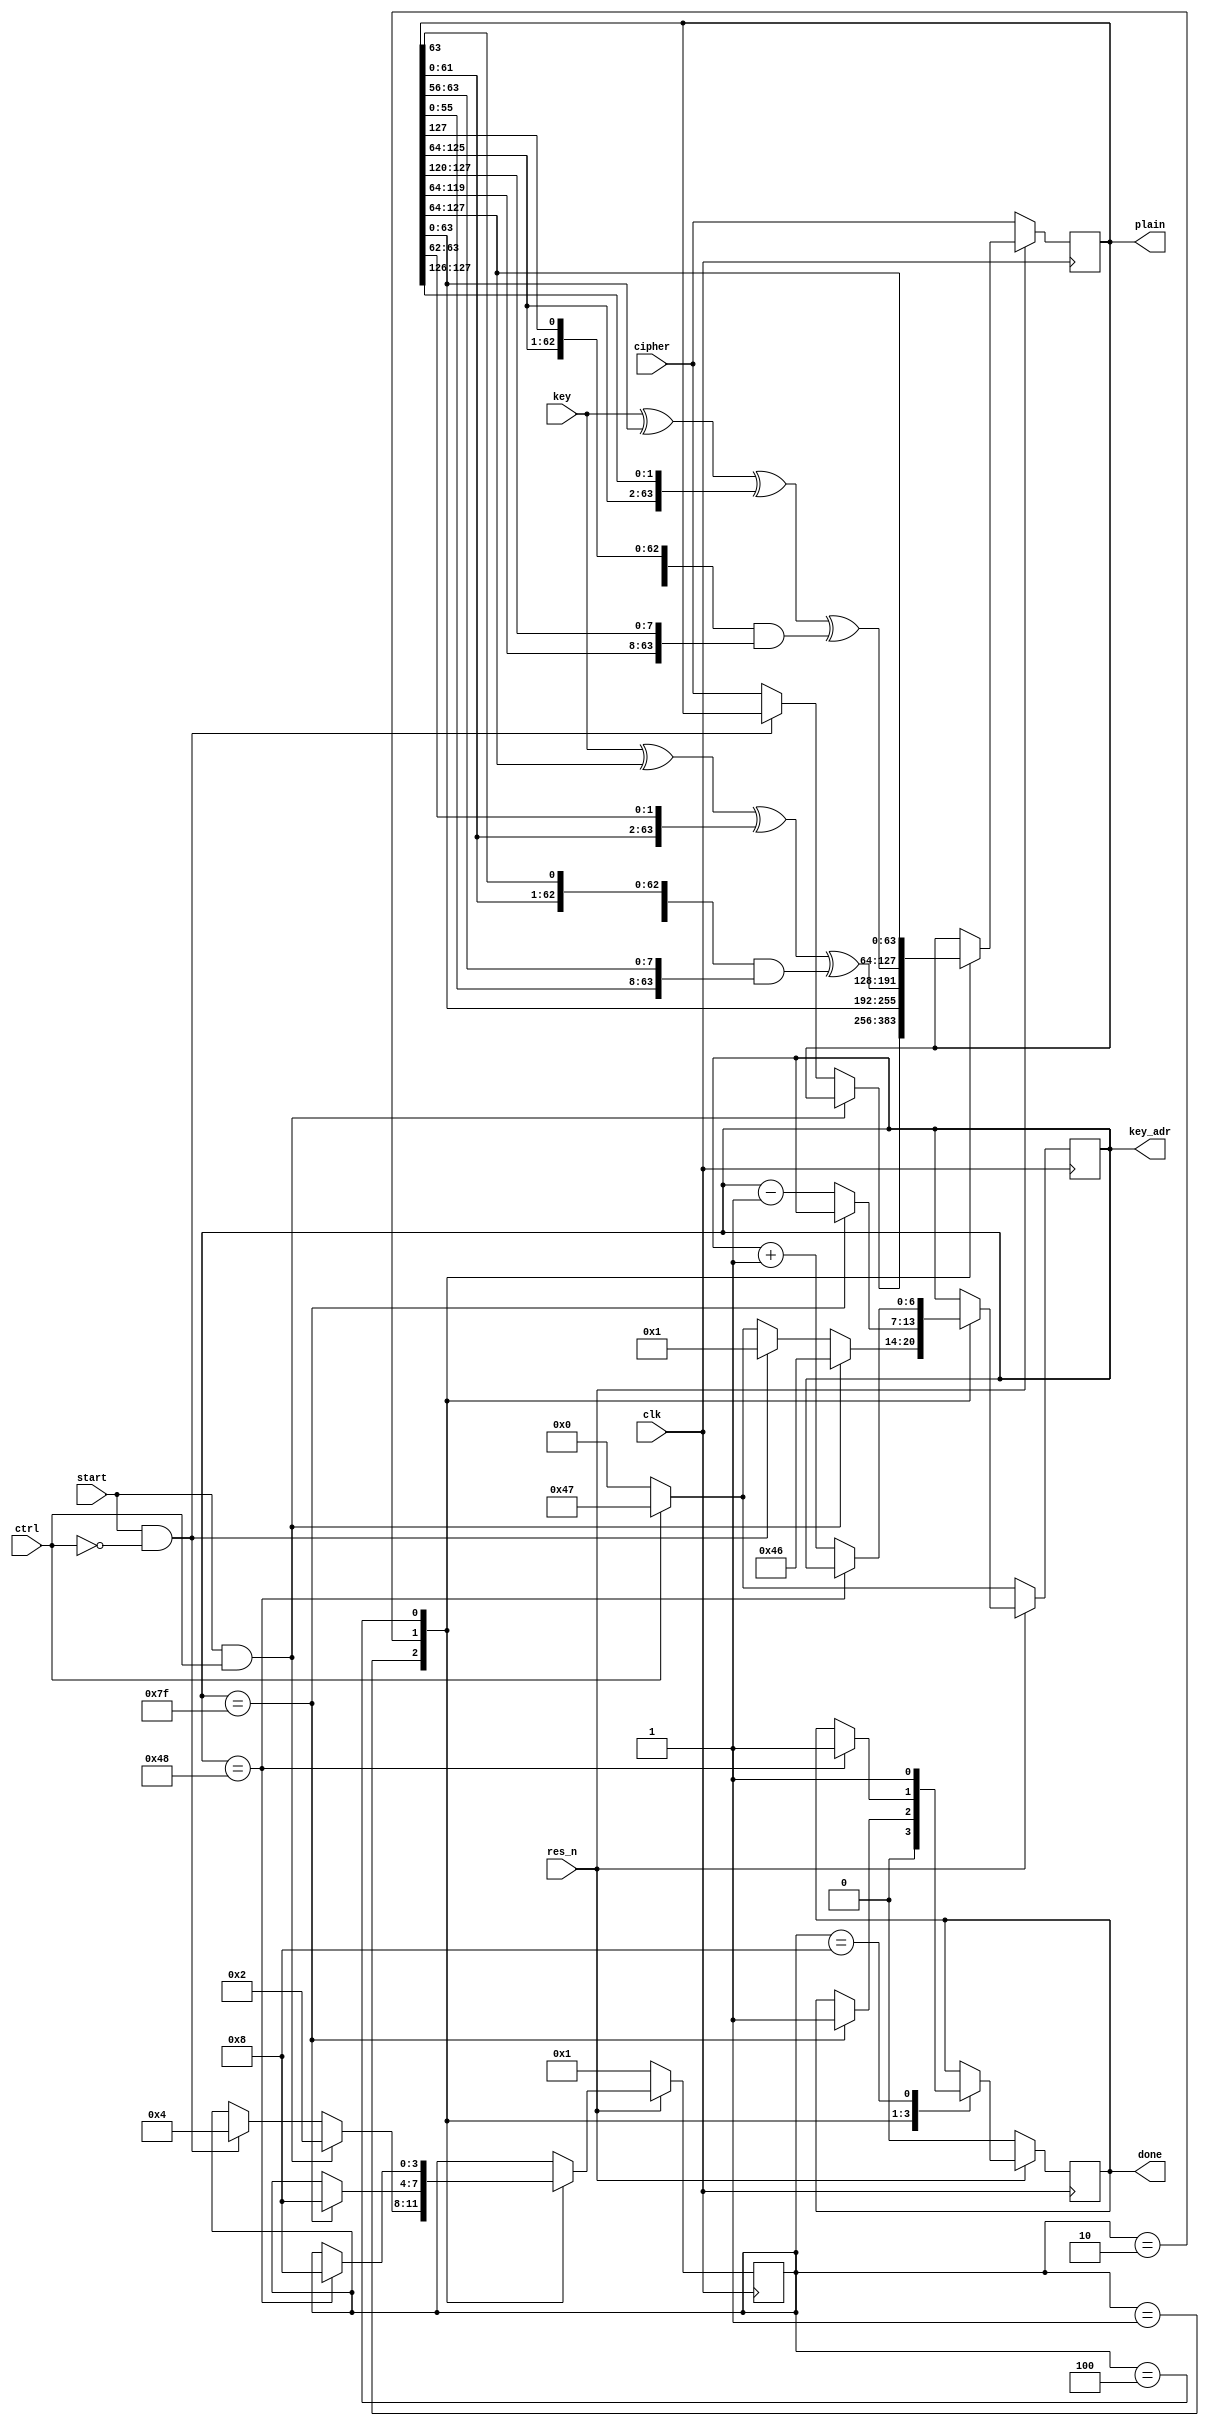
`timescale 1ns / 1ps

module dec(
    input clk,
    input res_n,
    input start,
    input ctrl,
    input [63:0] key,
    input [127:0] cipher,
    output reg [127:0] plain,
    output reg done,
    output reg [6:0] key_adr
    );
    
    reg [3:0] state;
    
    // FSM
    parameter idle = 4'b0001;
    parameter dec = 4'b0010;
    parameter enc = 4'b0100;
    parameter fin = 4'b1000;
    
    // ctrl
    parameter ctrl_enc = 1'b0;
    parameter ctrl_dec = 1'b1;
    
//    always @(*) begin
//        tmp = {plain[63:0], key ^ plain[127:64] ^ {plain[61:0], plain[63:62]} ^ ({plain[62:0], plain[63]} & {plain[55:0], plain[63:56]})};
//    end
    
    always @(posedge clk) begin
        if (!res_n) begin
            plain <= cipher;
            done <= 0;
            key_adr <= ctrl == ctrl_dec ? 71 : 0;
            state <= idle;
        end
        else begin
            case (state)
                idle: begin                  
                    done <= 0;
                    
                    if (start && ctrl == ctrl_dec) begin
                        key_adr <= 70;
                        state <= dec;
                    end
                    else if (start && ctrl == ctrl_enc) begin
                        key_adr <= 1;
                        state <= enc;
                    end
                    else begin
                        plain <= cipher;
                        key_adr <= ctrl == ctrl_dec ? 71 : 0;
                    end
                end
                dec: begin
                    plain <= {plain[63:0], key ^ plain[127:64] ^ {plain[61:0], plain[63:62]} ^ ({plain[62:0], plain[63]} & {plain[55:0], plain[63:56]})};
                    
                    if (key_adr == 127) begin
                        done <= 1;
                        state <= fin;
                    end
                    else
                        key_adr <= key_adr -1;
                end
                enc: begin
                    plain <= {key ^ plain[63:0] ^ {plain[125:64], plain[127:126]} ^ ({plain[126:64], plain[127]} & {plain[119:64], plain[127:120]}), plain[127:64]};
                    
                    if (key_adr == 72) begin
                        done <= 1;
                        state <= fin;
                    end
                    else
                        key_adr <= key_adr + 1;
                end
                fin:
                    done <= 1;
            endcase
        end
    end
    
endmodule